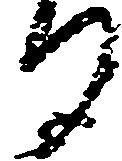
る